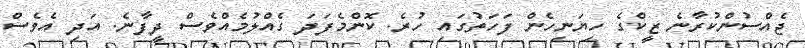
ޖެއްސުންކުރާނެ ޒީކްގެ ހިޔަނިހެން ފަހަތުގައި ހުރެ. ކޮންމެފަދަ ގެއްލުމެއްވެސް ދީފާނެ. އަދި އެވެސް